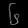
Digit: ၆